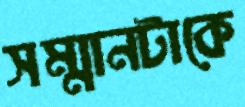
সম্মানটাকে